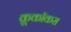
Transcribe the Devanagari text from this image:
क्रूकॉकस